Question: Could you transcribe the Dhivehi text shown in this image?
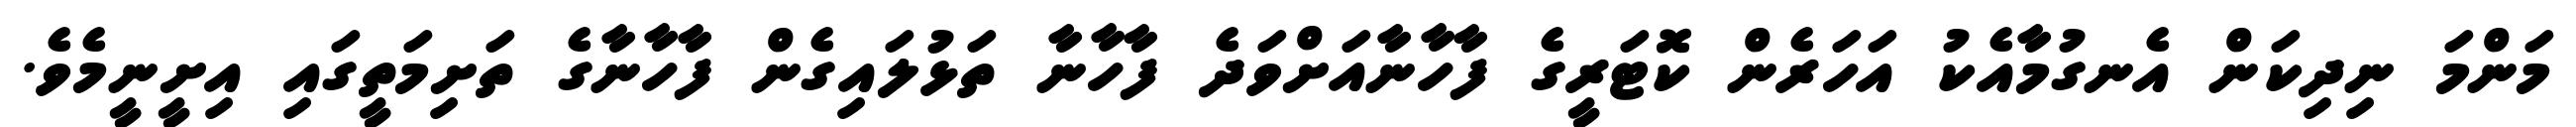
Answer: މަންމަ ނިދިކަން އެނގުމާއެކު އަހަރެން ކޮޓަރީގެ ފާހާނާއަށްވަދެ ފާހާނާ ތަޅުލައިގެން ފާހާނާގެ ތަށިމަތީގައި އިށީނީމެވެ.